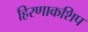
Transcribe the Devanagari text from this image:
हिरणाकशिप